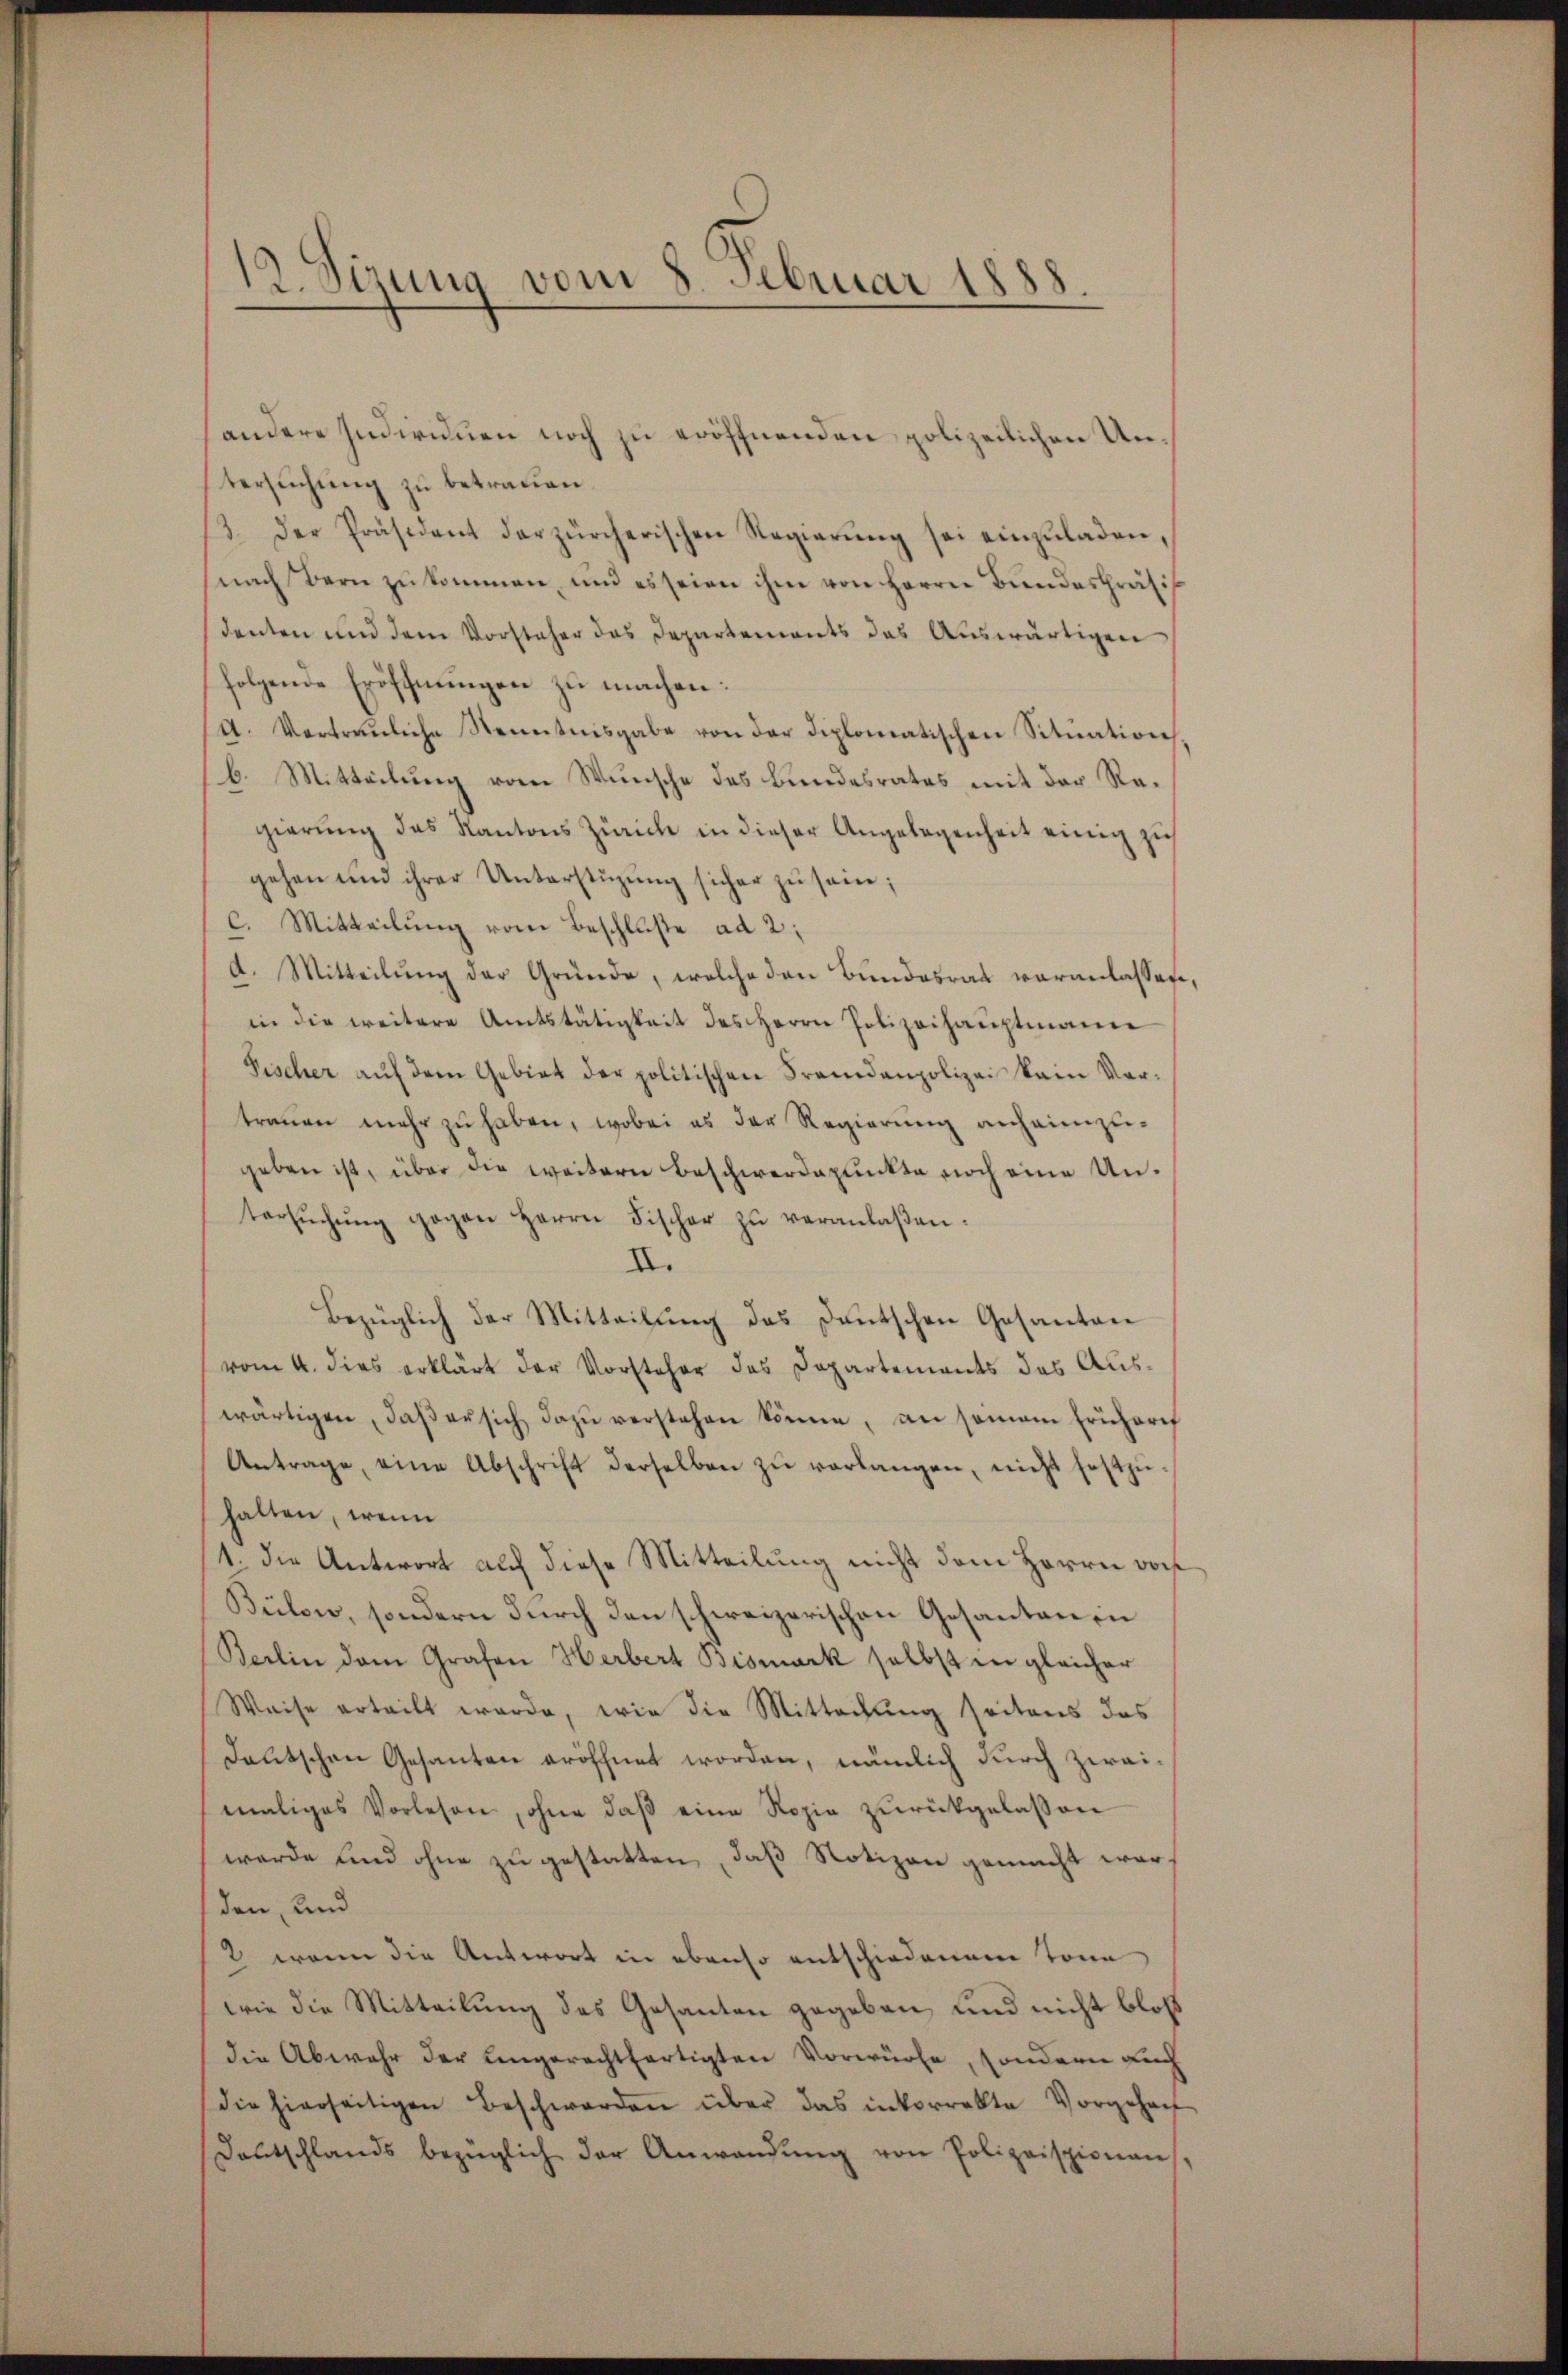
12. Sizung vom 8. Februar 1888.

andere Individuen noch zu eröffnenden polizeilichen Untersuchung zu betrauen.
3. Der Präsident der zürcherischen Regierŭng sei einzŭladen,
nach Bern zu kommen, und es seien ihm von Herrn Bundespräsi
denten und dem Vorsteher das Departements das Auswärtigen
folgende Eröffnungen zu machen:
A. Vertrauliche Stenntnisgabe von der diplomatischen Situation,
b. Mitteilung vom Wunsche des Bundesrates mit der Regierŭng des Kantons Zürich in dieser Angelegenheit einig zu
gehen und ihrer Unterstüzung sicher zu sein;
C. Mitteilung vom Beschluße ad 2:
d. Mitteilung der Gründe, welche den Bundesrat veranlassen,
in die weitere Amtstätigkeit des Herrn Polizeihaŭptmann
Fischer aŭf dem Gebiet der politischen Fremdenpolizei kein Ver-
traŭen mehr zŭ haben, wobei es der Regierŭng anheimzu-
geben ist, über die weitern Beschwerdepunkte noch eine Untersŭchŭng gegen Herrn Fischer zŭ veranlaßen.
II.
Bezüglich der Mitteilung das Deutschen Gesantan
vom 4. dies erklärt der Vorsteher das Departements des Auswärtigen, daβ er sich dazŭ verstehen könne, an seien Ericharf
Antrage, eine Abschrift derselben zŭ verlangen, nicht festzu
halten, wenn
1. die Antwort auf diese Mitteilung nicht dem Herren vors
Bulen, sondern durch den schweizerischen Gesanten in
Berlin dem Grafen Herbert Bismark selbst in gleicher
Weise erteilt werde, wie die Mitteilung seitens das
deutschen Gesanten eröffnet worden, nämlich durch zweimaliges Vorlesen, ohne daβ eine Rozie zurückgelassen
werde und ohne zu gestatten, daß Notizen gemacht war,
den, und
2 wenn die Antwort in ebenso entschiedenem Tone
wie die Mitteilung des Gesanten gegeben, und nicht bloß
die Abwehr der eingerechtfertigten Vorwürfe, sondern auch
die hierseitigen Beschwerden über das inkorrekte Vorgeholf
Deutschlands bezüglich der Anwendŭng von Polizeispionans,